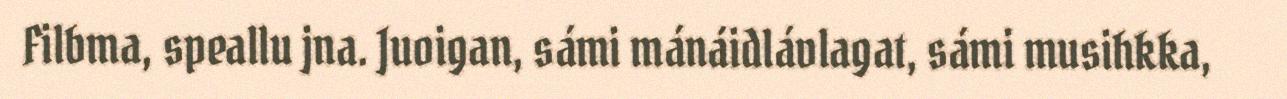
Filbma, speallu jna. Juoigan, sámi mánáidlávlagat, sámi musihkka,